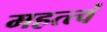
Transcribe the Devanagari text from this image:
महत्त्वं